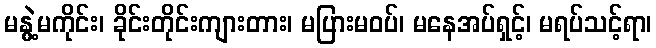
မနွဲ့မကိုင်း၊ ခိုင်းတိုင်းကျားတား၊ မပြားမဝပ်၊ မနေအပ်ရှင့်၊ မရပ်သင့်ရာ၊